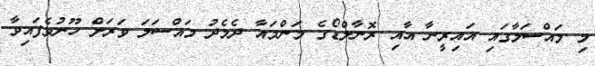
މި މައްސަލާގައި އައިރީނާ އާއި ރޮނާލްޑޯގެ މަންމައާ ދެމެދު މައްސަލަ ވަރަށް ހޫނުވެފައިވާ